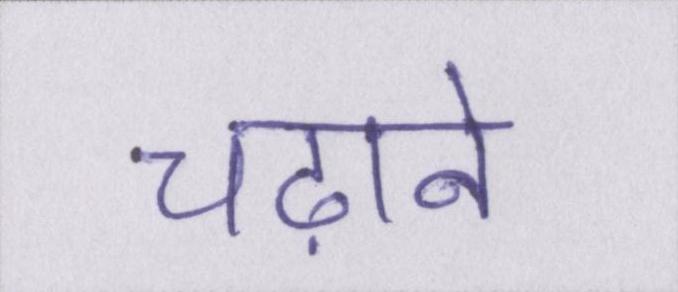
चढ़ाने